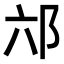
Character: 𮟮